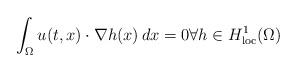
LaTeX: \begin{align*}\int_\Omega u(t,x)\cdot\nabla h(x) \, dx = 0 \forall h\in H^1_{\rm loc}(\Omega) \end{align*}